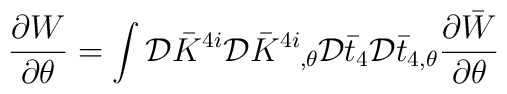
{{\partial W}\over{\partial\theta}}= \int {\cal D}\bar{K}^{4i}{\cal D}\bar{K}\raisebox{0.97ex}{\mbox{\scriptsize{$4i$}}}\raisebox{-0.36ex}{\mbox{\scriptsize{$,\!\theta$}}}{\cal D}\bar{t}_{4} {\cal D}\bar{t}_{4,\theta}{{\partial\bar{W}}\over{\partial\theta}}